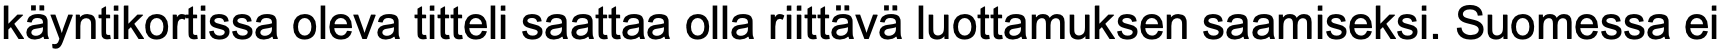
käyntikortissa oleva titteli saattaa olla riittävä luottamuksen saamiseksi. Suomessa ei